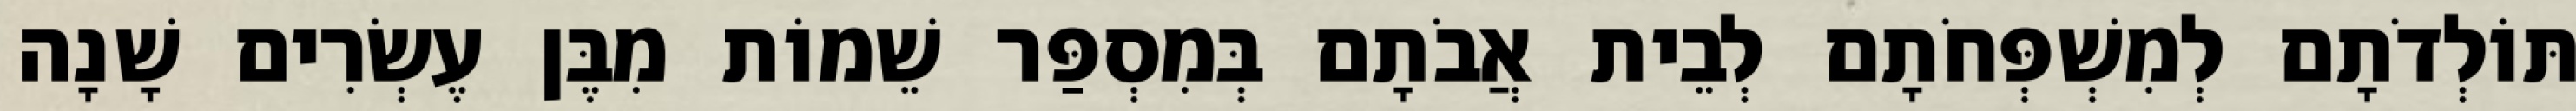
תּוֹלְדֹתָם לְמִשְׁפְּחֹתָם לְבֵית אֲבֹתָם בְּמִסְפַּר שֵׁמוֹת מִבֶּן עֶשְׂרִים שָׁנָה